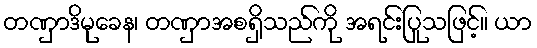
တဏှာဒိမုခေန၊ တဏှာအစရှိသည်ကို အရင်းပြုသဖြင့်။ ယာ